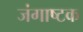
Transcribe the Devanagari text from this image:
जंगाष्टक